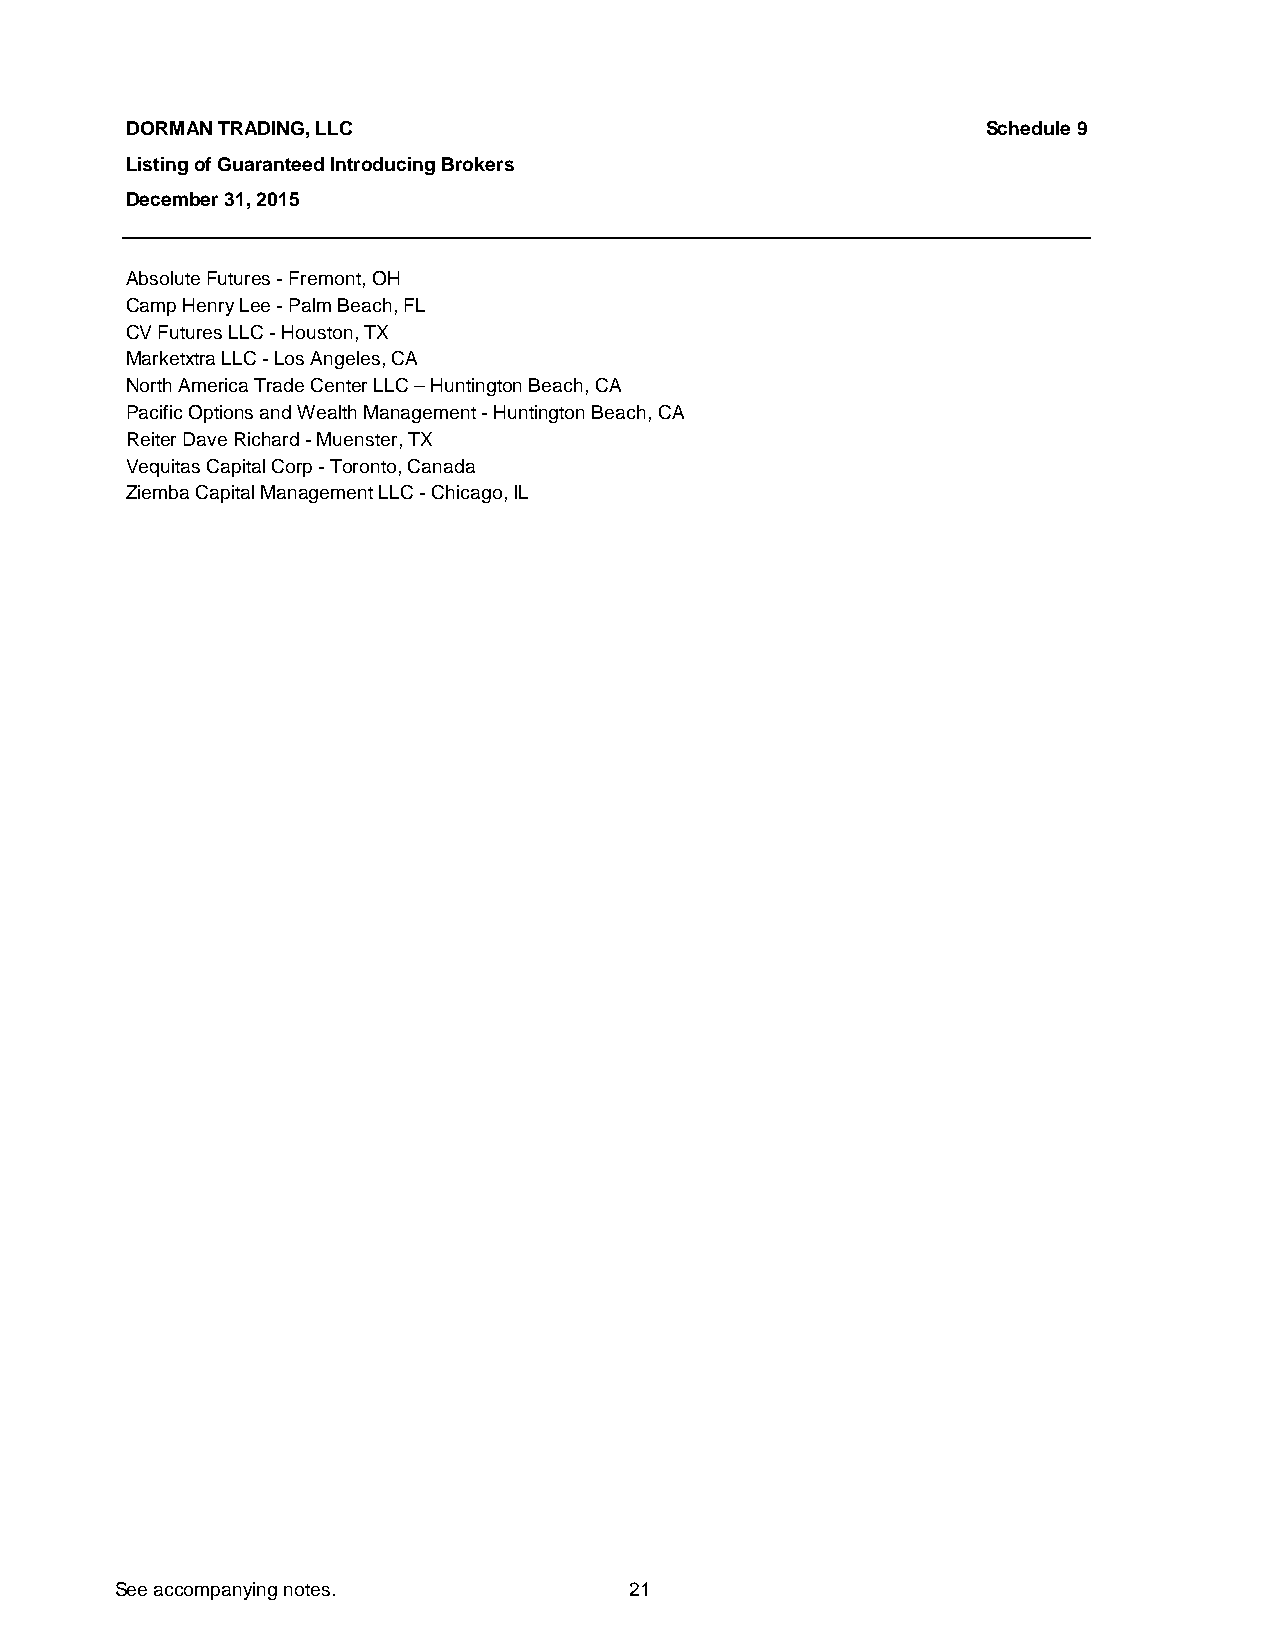
DORMAN TRADING, LLC                                      Schedule 9
 Listing of Guaranteed Introducing Brokers
 December 31, 2015
 Absolute Futures - Fremont, OH
 Camp Henry Lee - Palm Beach, FL
 CV Futures LLC - Houston, TX
 Marketxtra LLC - Los Angeles, CA
 North America Trade Center LLC – Huntington Beach, CA
 Pacific Options and Wealth Management - Huntington Beach, CA
 Reiter Dave Richard - Muenster, TX
 Vequitas Capital Corp - Toronto, Canada
 Ziemba Capital Management LLC - Chicago, IL
 See accompanying notes.           21